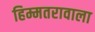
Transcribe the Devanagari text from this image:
हिम्मतरावाला